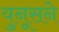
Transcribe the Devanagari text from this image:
युनूसने